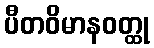
ပီတဝိမာနဝတ္ထု